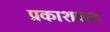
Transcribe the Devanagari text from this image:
प्रकाशवाट